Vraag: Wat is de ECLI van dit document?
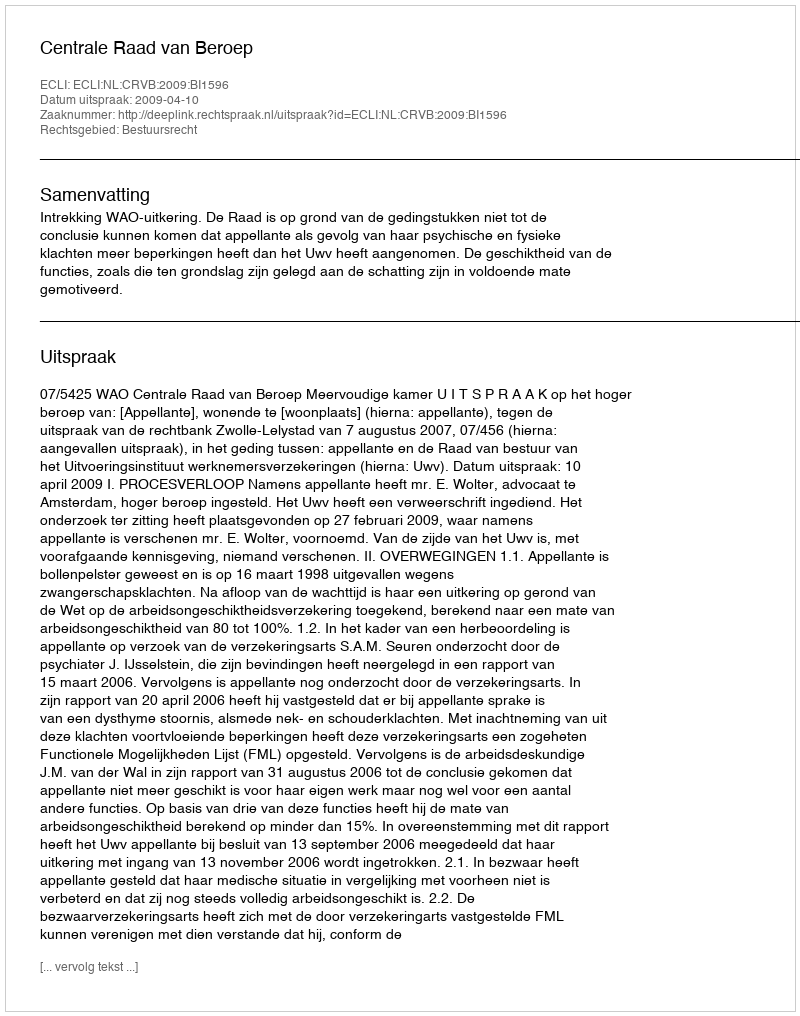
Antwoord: ECLI:NL:CRVB:2009:BI1596